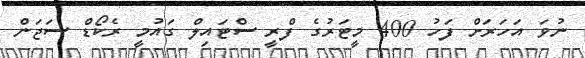
ނުވަ އަހަރަށް ފަހު 400 މީޓަރުގެ ފްރީ ސްޓައިލް ގައުމީ ރެކޯޑް ސަޖަން